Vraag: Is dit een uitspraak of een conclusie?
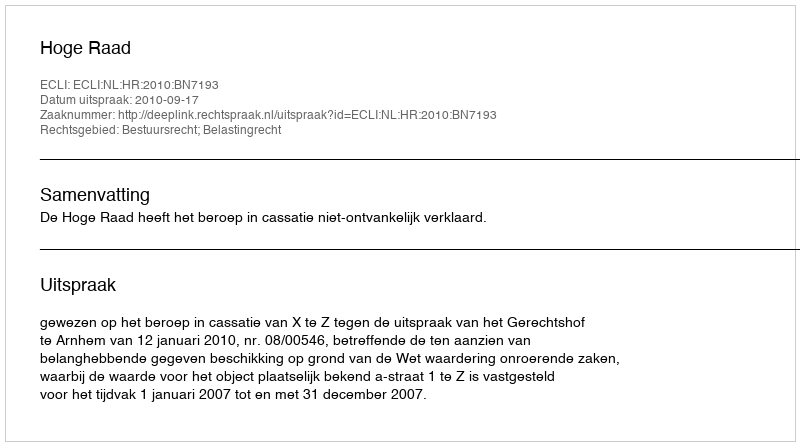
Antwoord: Uitspraak